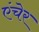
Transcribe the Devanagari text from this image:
एंचेर